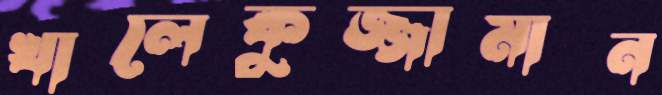
খালেকুজ্জামান